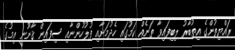
ރައްޔިތުންގެ އިތުބާރު ލިބިފައިވާ ތަނެއް ކަމުގައި ހެދުމަށާއި ފުލުހުންނާއި ސިފައިން ޤާނޫނީ އިމުގެ